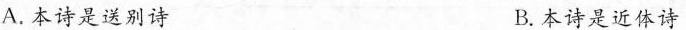
A. 本诗是送别诗 B. 本诗是近体诗